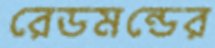
রেডমন্ডের